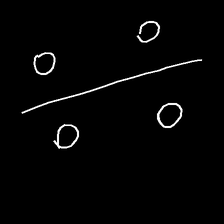
Glyph: cool